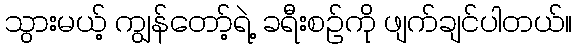
သွားမယ့် ကျွန်တော့်ရဲ့ ခရီးစဉ်ကို ဖျက်ချင်ပါတယ်။